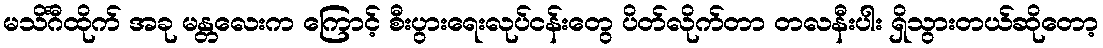
မသိင်္ဂီထိုက် အခု မန္တလေးက ကြောင့် စီးပွားရေးလုပ်ငန်းတွေ ပိတ်လိုက်တာ တလနီးပါး ရှိသွားတယ်ဆိုတော့